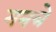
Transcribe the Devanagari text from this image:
मनत्रे